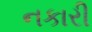
નકારી